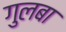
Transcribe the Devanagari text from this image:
गुलबा